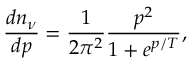
{ \frac { d n _ { \nu } } { d p } } = { \frac { 1 } { 2 \pi ^ { 2 } } } { \frac { p ^ { 2 } } { 1 + e ^ { p / T } } } ,